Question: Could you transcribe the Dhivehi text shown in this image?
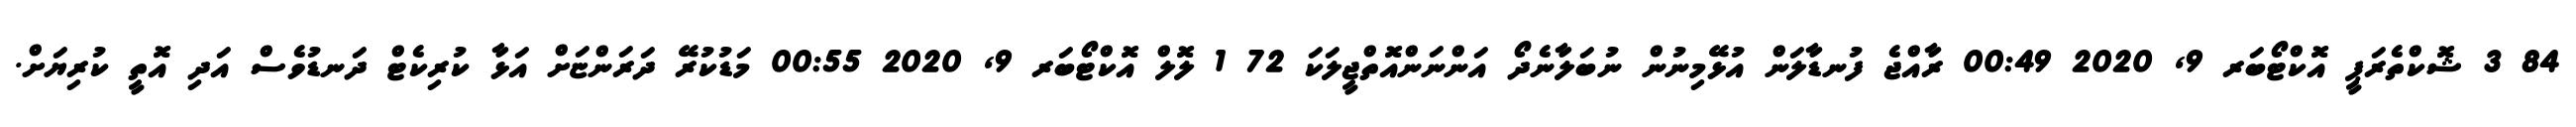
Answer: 84 3 ޝޮކްތެރަޕީ އޮކްޓޯބަރ 9, 2020 00:49 ރާއްޖެ ފުނޑާލަން އުޅޭމިނުން ނުބަލާނެދޯ އަންނަންއޮތްޖީލަކަ 72 1 ލޮލް އޮކްޓޯބަރ 9, 2020 00:55 މަޑުކުރޭ ދަރަންޏަށް އަޅާ ކުރިކެޓް ދަނޑުވެސް އަދި އޮތީ ކުރިޔަށް.